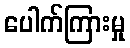
ပေါက်ကြားမှု